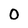
Character: 0